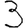
Digit: 3